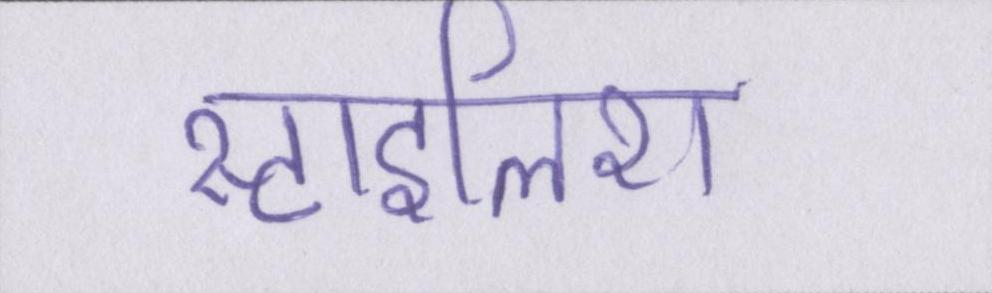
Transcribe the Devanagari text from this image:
स्टाइलिश